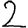
Digit: 2